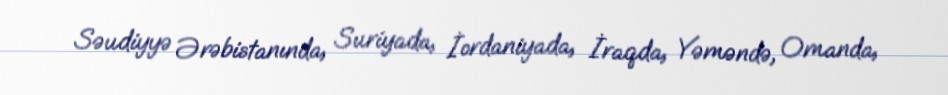
Səudiyyə Ərəbistanında, Suriyada, İordaniyada, İraqda, Yəməndə, Omanda,